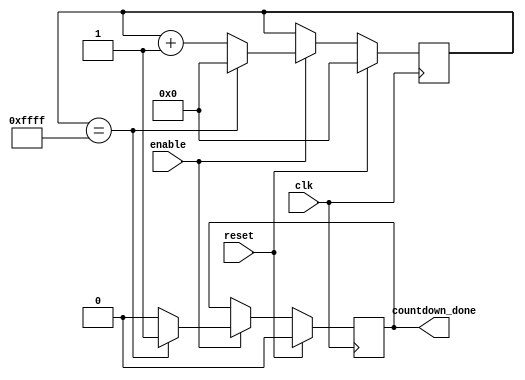
module countdown_timer(
    input wire clk,
    input wire reset,
    input wire enable,
    output reg countdown_done
);

reg [15:0] counter;
parameter COUNT_MAX = 16'hFFFF; // Predefined value for countdown

always @(posedge clk) begin
    if (reset) begin
        counter <= 0;
        countdown_done <= 0;
    end else if (enable) begin
        if (counter == COUNT_MAX) begin
            counter <= 0;
            countdown_done <= 1;
        end else begin
            counter <= counter + 1;
            countdown_done <= 0;
        end
    end
end

endmodule